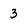
Character: 3